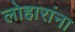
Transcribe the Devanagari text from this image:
लोहारांना